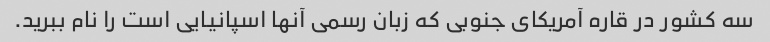
سه کشور در قاره آمریکای جنوبی که زبان رسمی آنها اسپانیایی است را نام ببرید.